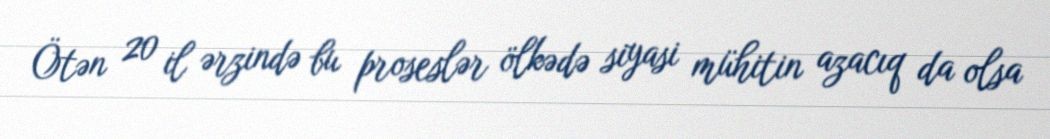
Ötən 20 il ərzində bu proseslər ölkədə siyasi mühitin azacıq da olsa